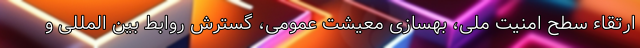
ارتقاء سطح امنیت ملی، بهسازی معیشت عمومی، گسترش روابط بین المللی و